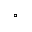
^ { \circ }